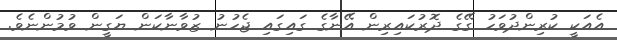
އެއަކީ ކުރިންދުވަހު ގޭގެ ދޮރުކައިރިން އޭނާގެ ގައިގައި ޖެހުނު ޒުވާނާކަން ޔަގީން ވުމުންނެވެ.